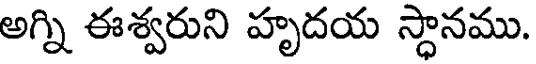
అగ్ని ఈశ్వరుని హృదయ స్థానము.